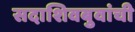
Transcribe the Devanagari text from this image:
सदाशिवबुवांची